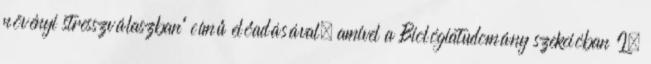
növényi stresszválaszban” című előadásával, amivel a Biológiatudomány szekcióban I.